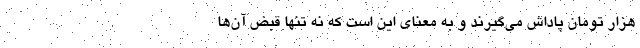
هزار تومان پاداش می‌گیرند و به معنای این است که نه تنها قبض آن‌ها